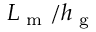
L _ { \textrm { m } } / h _ { \textrm { g } }